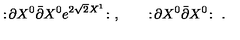
: \! \partial X ^ { 0 } \bar { \partial } X ^ { 0 } e ^ { 2 \sqrt 2 X ^ { 1 } } \! : \ , \qquad : \! \partial X ^ { 0 } \bar { \partial } X ^ { 0 } \! : \ .